Vital statistics of India. Vol. IV, Annual returns from 1871 to 1876. British Army of India, Native Army and jails of Bengal
Year: 1871
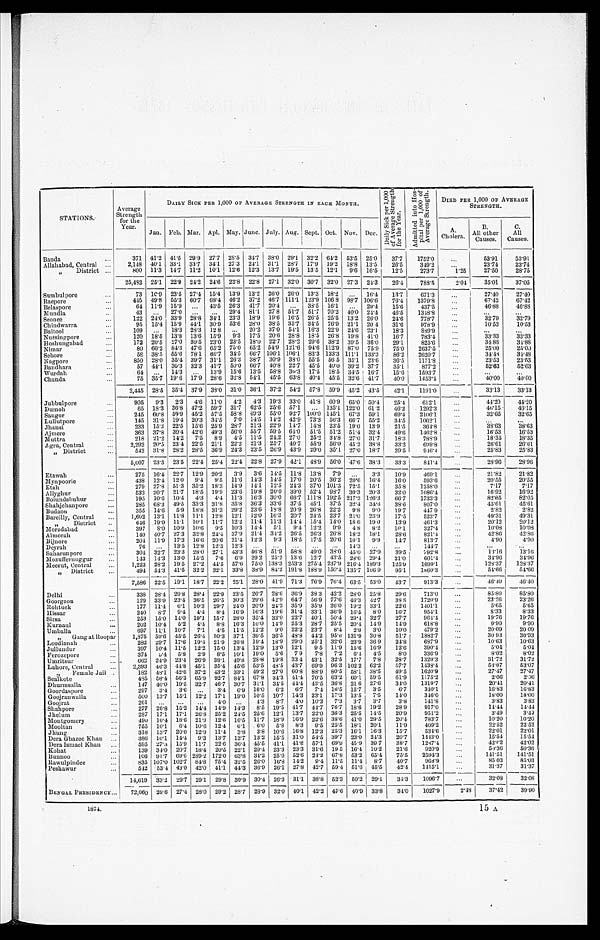
STATIONS.
Average
Strength
for the
Year.
DAILY SICK. PER 1, 000 OF AVERAGE STRENGTH IN EACH MONTH.
Da i l y S i c k p e r 1 , 0 0 0
o f Av e r a g e S t r e n g t h
f or t he Year . Admi t t ed i nt o Hos -
pi t al per 1, 000 of
Aver age St r engt h.
DIED PER 1,000 OF AVERAGE
STRENGTH.
Jan. Feb. Mar. Apl. May. June. July. Aug. Sept. Oct. Nov. Dec.
A.
Cholera.
B.
All other
Causes. C. All
Causes.
Banda
3 7 1 41.2 41.5 29.9 27.7 28.5 34.7 38.0 29.1 32.2 64.2 53.5 25.0 37.7 1752.0
5 3 . 9 1
53.91
Allahabad, Central
2,148 40.1 33.1. 33.7 34.1 27.3 24.1 31.1 28.7 17.9 19.2 18.8 13.5 26.5
3 4 9 . 2
2 3 . 7 4
2 3 . 7 4
„ Di s t r i ct
800 11.3 14.7 11.2 10.1 12.6 12.3 13.7 19.5 13.5 12.1 9.6 16.5 12.5 273.7
1 . 2 5
27.50 28.75
25,482 25.1 22.9 24.2 24.6 22.8 22.8 27.1 32.0 30.7 32.0 27.3 24.3 26.4 788.5
2.04 35.01 37.05
Sumbul pore
73 10. 9 23.5 27.4 15.4 13.9 13.2 26.0 26.0 13.3 18.2
16.4 13.7671.3
2 7 . 4 0
2 7 . 4 0
Raepore
445 49.8 55.3 60.7 68.4 46.2 37.2 46.7 111.1 123.9 106.8 98.7 106.6 76.4 1379.8
67.42 67.42
Belaspore
6 4 11.9 15.9
43.5 26.3 41.7 20.4
38.5 16.1
29.4 15.6
4 3 7 . 5
4 6 . 8 8
4 6 . 8 8
Mundla
43
27.0
29.4 81.1 27.8 51.7 51.7 70.2 40.0 24.4 46.5 1348.8
Seonee
122 24.0 33.9 28.8 34 .1 23.3 18.9 19.6 16.5 26.5 25.5 13.2 26.0 24.6
7 7 8 . 7
32.79
3 2 . 7 9
Chindwarra
95 15.4 15.9 44.1 30.9 53.6 28.0 38.5 35.7 34.5 76.9 21.1 20.4 31.6
978.9
10.53 10.53
Baitool
109
18.3 28.3 12.8
20.2 37.0 54.1 16.3 22.9 24.6 23.1 18.3 889.9
Nursingpore
120 18.5 13.8 13.6 15.9 9.3 17.5 20.6 28.8 18.5 26.8 19.8 41.0 16.7 783.4
3 3 . 3 3
33.33
Hoshungabad
172 20.5 27.0 30.5 23.0 23.5 18.0 22.7 28.2 29.6 38.2 39.5 36.0 29.1
8 2 5 . 6
3 4 . 8 8
34.88
Nimar
80 60.2 84.3 47.6 65.2 75.0 65.2 54.9 121.6 94.6 112.9 87.0 75.9 75.0
2 6 3 7 . 5
2 5 . 0 0
2 5 . 0 0
Sehore
58 38.5 55.6 78.1 66.7 34.5 66.7 106.1 106.1 83.3 133.3 111.1 133.3 86.2 2620.7
34.48
34.48
Nagpore
850 28.0 35.4 39.7 31.1 26.3 38.7 30.9 38.0 55.5 56.5 35.1 23.6 39.5 1171.8
2 3 . 5 3
23.53
Bandhara
57 44.1. 30.3 32.3 41.7 50.0 66.7 40.8 22.7 45.5 40.0 39.2 37.7 35.1
8 7 7 . 2
5 2 . 6 3
5 2 . 6 3
Wurdah
64
14.3
13.9 15.6 13.5 58.8 36.3 17.5 18.5 34.5 16.7 15.6 1593.7
Chanda
75 35.7 19.6 17.9 28.6 32.8 54.1 45.5 63.8 40.4 45.5 32.6 41.7 40.0 1453.4
4 0 . 0 0
40. 00
2,445 28.5 35.4 37.9 38.0 31.0 36.1 37.2 54.2 57.8 59.9 45.2 4 3 . 5
42.1 1191.0
33.13
33.13
Jubbulpore
905 9.3 2.3 4.6 11.0 4.2 4.3 19.3 33.0 41.8 60.9 65.0 50.4 2 5 . 4
612.1
44.20
44.20
Dumoh
65 18.3 36.8 47.2 59.7 31.7 62.5 25.6 57.1
135.1 122.0 61.2 46.2 1292.3
46.15
4 6 . 1 5
Saugor
245 60.8 59.9 45.2 57.5 58.8 49.3 55.0 92.7 100.0 145.1 67.3 59.1 69.4
2 1 0 6 . 1
32.65 32.65
Lullutpore
1 4 5 31.8 19.4 20.3 34.5 7.0 14.5 14.2 42.9 73.3 56.3 66.7 55.2 34.5 1062.1
Jhansi
233 15.3 22.5 15.6 25.9 28.7 21.3 22.9 14.7 14.8 23.5 19.0 13.9 21.5
364.8
3 8 . 6 3
38.63
Ajmere
363 37.8 39.4 42.6 49.3 56.0 55.7 59.5 64.0 51.5 51.2 51.4 32.4 49.6
1 4 6 2 . 8
1 6 . 5 3
16.53
Muttra
218 21.2 14.2 7.5 8.9 4.5 11.5 24.2 27.0 25.2 31.8 27.0 31.7 18.3
788.9
18.35
1 8 . 3 5
Agra, Central
2,292 20.5 23.4 22.5 21.1 22.2 21.3 25.7 40.7 55.9 56.0 45.2 38.8 33.2
699.8
26.61 26.61
„ District
5 4 2 31.8 28.2 28.5 36.9 24.3 23.5 26.9 43.9 29.0 35.1 27.0 18.7 29.5
946.4
25.83
25.83
5,007 23.3 23.5 22.4 25.4 22.4 22.8 27.9 42.1 48.9 56.0 47.6 38.3 33.3
841.4
28.96 28.96
Etawah
275 16.4 22.7 12.9 20.2 3.9 3.6 14.5 1 1 . 8
13.8 7.9
3.3 10.9 469.1
21.82
21.82
Mynpoorie
438 12.4 12.0 9.4 9.5 11.6 14.3 14.5 17.0 20.5 30.2 20.6 16.4 16.0
593.6
20.55
20.55
E t a h
279 27.8 51.3 35.2 18.3 14.9 14.1 12.5 24.3 37.0 101.3 72.5 15.1 35.8 1258.0
7.17
7.17
Allyghur
532 20.7 21.7 18.5 19.9 23.6 19.8 20.0 39.0 52.4 98.7 30.3 20.3 32.0 1086.4
16.92
16.92
Bolundshuhur
195 10.6 10.4 4.3 4.4 11.3 16.3 30.0 66.7 111.8 192.5 217.2 126.3
66.7
1 7 3 3 . 3
8 2 . 0 5
82.05
Shahjehanpore
285 68.3 49.5 33.3 31.8 35.8 36.3 33.6 37.5 45.1 37.5 32.4 34.6 38.6
807.0
4 5 . 6 1
45.61
45.61
Budaon
355 14.6 5.9 18.8 31.3 29.2 23.6 18.8 20.9 26.8 22.2 9.8 9.0 19.7
447 9
2 . 8 2
2.82
Bareilly, Central
1,602 13.1 11.8 11.1 12.8 12.1 12.0 16.3 20.7 24.5 23.7 21.0 23.9 17.5
523.7
49.31
49.31
„ District
646 19.0 11.1 10.1 11.7 12.2 11.4 11.3 14.4 15.4 14.0 18.6 19.0 13.9 461.3
20.12
20.12
Moradabad
397 8.0 10.9 10.6 9.5 10.3 14.4 5.1 9.4 12.2 9.9 4.8 8.2 10.1
327.4
10.08 10.08
Almorah
140 40.7 27.3 32.8 24.4 37.9 21.4 34.2 26.5 26.3 26.8 18.2 18.1 28.6 821.4
42.86 42.86
Bijnore
204 1.19 17.3 16.6 20.6 21.4 12.3 9.3 18.5 17.5 20.6 10.1 9.9 14.7
813.7
4.90
4.90
Deyrah
76
13.5 12.8 12.3 12.3
14.3
144.7
Saharunpore
304 32.7 23.3 28.0 27.1 43.3 46.8 51.9 58.8 49.0 38.0 45.0 27. 9
39. 5
792.8
13.16
1 3 . 1 6
Mozuffernuggur
143 14.3 13.0 15.5 7.6 6.9 29.2 25.2 13.6 12.7 43.5 28.6 29.4 21.0
6 0 1 . 4
34.96
34.96
Meerut, Central
1 , 2 2 3 28.2 19.5 27.2 44.5 57.6 75.0 138.3 253.3 275.4 237.9 216.4 189.3 125.9 1699.1
1 2 8 . 3 7
128.37
„ District
494 54.3 41.5 32.2 32.1 33.8 38.9 84.2 191.8 188.9 150.4 135.7 106.9 95.1 1860.3
5 54.66
54.66
7,586 22.5 19.1 18.7 22.2 25.1 28.0 41.9 71.3 76.9 76.4 63.5 53.0 43.7
913.3
46.40
4 6 . 4 0
Delhi
338 28.4 29.8 28.4 22.9 23.5 26.7 28.6 36.9 38.3 42.2 28.0 25.8 29.6
713.0
85.80
85.80
Goorgaon
129 33.9 23.4 36.5 26.5 30.3 29.6 42.9 64.7 56.9 77.6 46.3 42.7 38.8 1720.9
2 3 . 2 6
23.26
Rohtuck
177 11.4 6.1 10.3 29.7 24.0 20.9 24.2 35.9 35.9 26.0 19.2 33.1 22.6 1401.1
5.65
5 . 6 5
Hissar
240 8.7 9.4 4.4 8 . 4 16.9 16.3 19.6 31.4 33.1 36.9 165 8.0 16.7
954.1
8.33
8 . 3 3
Sirsa
253 15.0 14.0 19.1 15.7 28.0 35.4 33.0 22.7 40.1 50.4 29.4 32.7 27.7 964.4
1 9 . 7 6
1 9 . 7 6
Kurnaul
202 10.4 5.2 4.4 8.8 16.3 10.0 14.9 25.3 28.7 25.5 20.4 14.9 14.9 618.8
9.90
9 . 9 0
Umballa
697 11.1 10.7 7.1 4.5 11.5 12.2 9.0 22.2 23.7 8.4 2.9 3.0 10.0 479.2
20.09
20.09
„ Gangat Ruopar
1,875 59.6 45.5 26.4 30.3 37.1 39.5 36.5 49.8 44.2 95.6 131.9 30.8 51.7 1882.7
30 93
30.93
Loodianah
282 29.7 17.6 19.4 21.9 20.8 19.4 18.9 29.0 25.1 32.6 23.9 36.9 24.8
687.9
10.63
10.63
Jullundur
397 10.4 11.5 12.2 15.0 13.4 12.9 13.0 12.1 9.5 11.9 15.6 16.9 12.6 390.4
5.04
5.04
Ferozepore
374
5. 4 5.8 2.9 8.5 10.1 19.0 5.6 7.9 7.8 7.2 6.4 4.5 8.0 336.9
8.02
8.02
Umritsur
662 24.9 23.4 26.9 38.1 49.8 28.8 19.8 33.4 43.1 32.5 17.7 7.8 28.7 1329.3
31.72
31.72
Lahore, Central
2 3
9 3 46.3 44.8 45.1 35.4 45.6 53.5 48.5 43.7 69.9 96.3 102.2 62.2 57.7 1438.4
53.07
53.07
„ Female Jail
182 48. 1 42.6 37.2 43.2 33.1 49.2 27.0 60.8 88.9 80.5 58.1 38.5 49.5 1620.9
27.47
27.47
Sealkote
485 58.4 56.3 65.9 92.7 84.1 67.8 34.3 41.4 70.5 63.2 60.1 59.5 61.9 1175.2
2.06
2.06
Dhurmsalla
147 40.0 19.5 32.7 46.7 30.7 31.1 34.5 44.4 43.5 36.8 21.6 27.6 34.0 1319.7
20.41
2 0 . 4 1
Goordaspore
297 3.4 3.6
3.4 6.9 16.0 6.2 6.7 7.4 16.5 15.7 3.5
6.7
340.1
1 6 . 8 3
1 6 . 8 3
Goojranwalla
500 13.7 15.1 12.2 17.1 19.0 10.5 10.7 14.3 23.1 17.3 13.5 7.5
14.0 346.0
18.00
18.00
Goojrat
261
4.0
4.3 8.7 4.0 10.3 7.3 3.7 3.7
3.8
141.8
3.83
3.83
Shahpore
277 26.8 15.2 14.4 14.9 14.3 8.5 19.5 41.7 44.7 76.7 18.6 19.2 28.9
917.0
1 4 . 4 4
14.44
Jhelum
2 8 7 17.1 17.1 26.8 25.2 24.5 25.6 12.1 13.7 22.0 36.3 25.5 14.5 20.9 951.2
3.49
3.49
Montgomery
490 10.4 18.6 21.9 12.6 16.5 11.7 18.9 16.9 22.6 38.6 41.0 29.5 20.4
783.7
10.20 10.20
Mooltan
755 10.1 6.4 10.6 12.4 6.1 6.0 5.8 8.3 9.5 25.5 18.1 20.1
11.9 409.2
22.52
22.52
Jhung
318 13.7 20.0 12.9 11.4 3.8 3.8 10.6 16.8 12.3 25.3 16.1 16.3 15.7
534.6
22.01
22.01
Dera Ghazee Khan
386 10.1 14.4 9.3 13.7 13.7 13.2 15.5 31.0 54.5 39.7 23.0 24.3 20.7 1443.0
15.54 15.54
Dera Ismael Khan
595 27.3 15.9 11.7 22.6 36.4 45.5 41.1 41.8 57.1 69.9 45.9 39.7 38.7 1287.4
42.02
42.02
Kohat
139 34.0 20.7 18.4 20.5 22.1 29.4 23.3 23.3 31.6 19.5 16.4 10.2 21.6
920.9
50.36
50.36
Buunoo
106 91.7 69.6 289.2 172.0 63.8 34.2 25.0 52.6 24.2 67.8 53.2 65.4 75.5 2594.3
141.51 141.51
Rawulpindee
835 107.0 102.7 84.8 75.4 32.5 26.0 16.8 14.2 9.4 11.5 11.4 8.7 40.7 968.9
85.03 85.03
Peshawur
542 53.4 43.0 42.0 41.1 44.3 36.9 26.1 27.8 42.7 59.4 51.6 45.5 42.4 1415.1
31.37
31.37
14,619 33.2 29.7 29.1 29.8 30.9 30.4 26.3 31.1 38.8 52.3 50.2 29.1 34.3 1096.7
32.08 32.08
BENGAL PRESIDENCY
72,060 29.6 27.4 28.0 29.2 287 28.9 32.0 40.1 42.2 45.6 40.9 33.8 34.0 1027.9
2.48
37.42 39.90
1874.
15 A